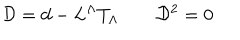
LaTeX: { \cal D } = d - L ^ { \Lambda } T _ { \Lambda } \qquad { \cal D } ^ { 2 } = 0